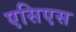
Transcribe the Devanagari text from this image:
एसिएस